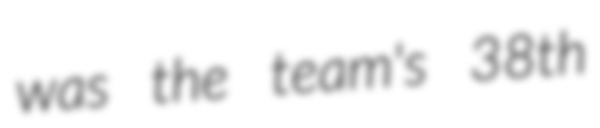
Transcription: was the team's 38th